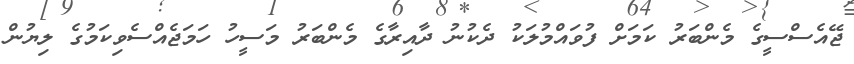
ޖޭއެސްސީގެ މެންބަރު ކަމަށް ފުވައްމުލަކު ދެކުނު ދާއިރާގެ މެންބަރު މަސީހު ހަމަޖެއްސެވިކަމުގެ ލިޔުން